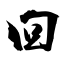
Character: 回